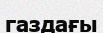
газдағы